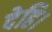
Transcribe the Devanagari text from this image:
देहि।